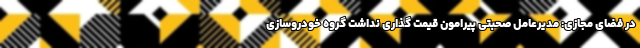
در فضای مجازی: مدیرعامل صحبتی پیرامون قیمت گذاری نداشت گروه خودروسازی